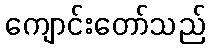
ကျောင်းတော်သည်